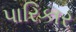
પારિકાર